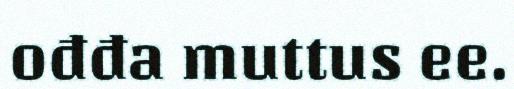
ođđa muttus ee.